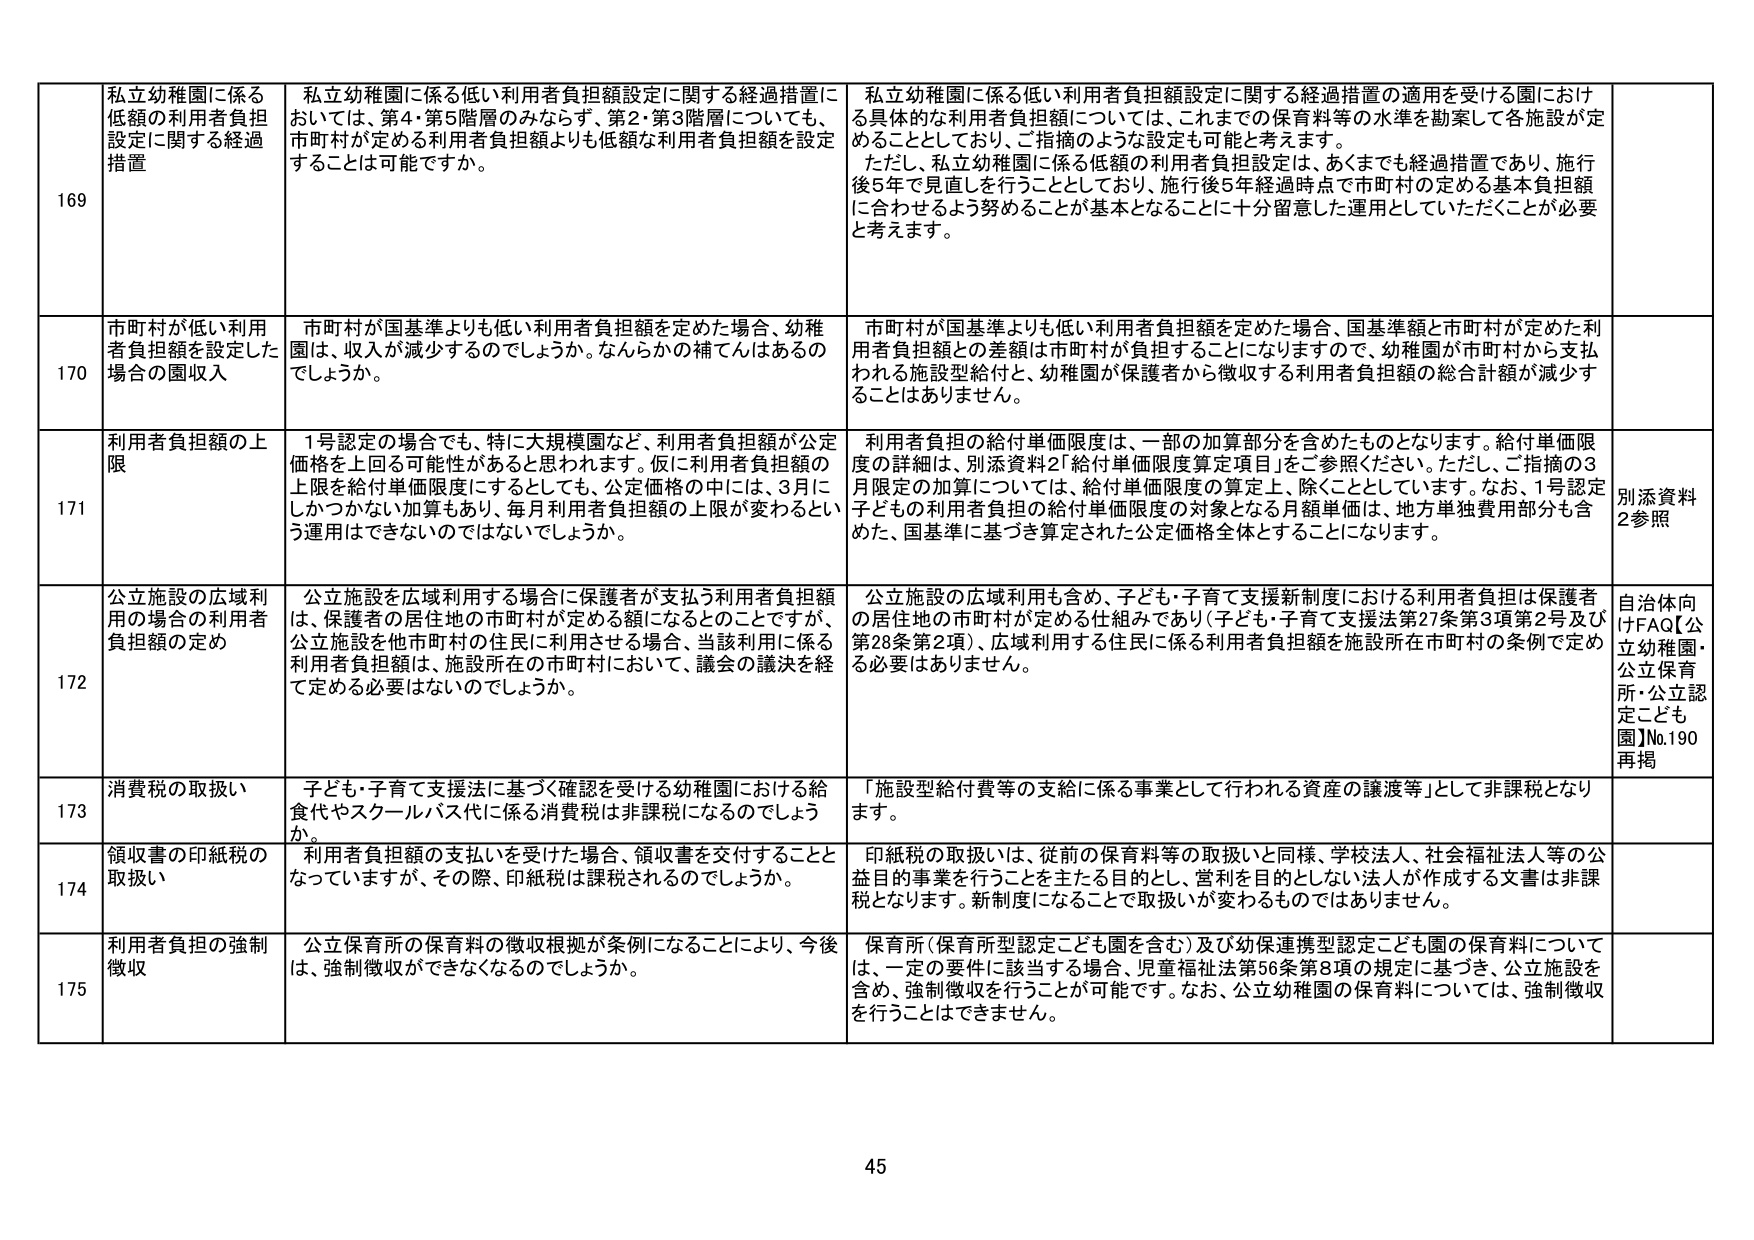
169 私立幼稚園に係る低額の利用者負担設定に関する経過措置
私立幼稚園に係る低い利用者負担額設定に関する経過措置においては、第4・第5階層のみならず、第2・第3階層についても、市町村が定める利用者負担額よりも低額な利用者負担額を設定することは可能ですか。
私立幼稚園に係る低い利用者負担額設定に関する経過措置の適用を受けた園における具体的な利用者負担額については、これまでの保育料等の水準を勘案して各施設が定めることとしており、ご指摘のような設定も可能と考えます。
ただし、私立幼稚園に係る低額の利用者負担設定は、あくまでも経過措置であり、施行後5年で見直しを行うこととしており、施行後5年経過時点で市町村の定める基本負担額に合わせるよう努めることが基本となることに十分留意した運用としていただくことが必要と考えます。

170 市町村が低い利用者負担額を設定した場合の園収入
市町村が国基準よりも低い利用者負担額を定めた場合、幼稚園は、収入が減少するのでしょうか。なんらかの補てんはあるのでしょうか。
市町村が国基準よりも低い利用者負担額を定めた場合、国基準額と市町村が定めた利用者負担額との差額は市町村が負担することになりますので、幼稚園が市町村から支払われる施設型給付と、幼稚園が保護者から徴収する利用者負担額の総合計額が減少することはありません。

171 利用者負担額の上限
1号認定の場合でも、特に大規模園など、利用者負担額が公定価格を上回る可能性があると思われます。仮に利用者負担額の上限を給付単価限度にするとしても、公定価格の中には、3月にしかつかない加算もあり、毎月利用者負担額の上限が変わるという運用はできないのではないでしょうか。
利用者負担の給付単価限度は、一部の加算部分を含めたものとなります。給付単価限度の詳細は、別添資料2「給付単価限度算定項目」をご参照ください。ただし、ご指摘の3月限定の加算については、給付単価限度の算定上、除くこととしています。なお、1号認定子どもの利用者負担の給付単価限度の対象となる月額単価は、地方単独費用部分も含めた、国基準に基づき算定された公定価格全体とすることになります。
別添資料2参照

172 公立施設の広域利用の場合の利用者負担額の定め
公立施設を広域利用する場合に保護者が支払う利用者負担額は、保護者の居住地の市町村が定める額になるとのことですが、公立施設を他市町村の住民に利用させる場合、当該利用に係る利用者負担額は、施設所在の市町村において、議会の議決を経て定める必要はないのでしょうか。
公立施設の広域利用も含め、子ども・子育て支援新制度における利用者負担は保護者の居住地の市町村が定める仕組みであり（子ども・子育て支援法第27条第3項第2号及び第28条第2項）、広域利用する住民に係る利用者負担額を施設所在市町村の条例で定める必要はありません。
自治体向けFAQ【公立幼稚園・公立保育所・公立認定こども園】No.190再掲

173 消費税の取扱い
子ども・子育て支援法に基づく確認を受ける幼稚園における給食代やスクールバス代に係る消費税は非課税になるのでしょうか。
「施設型給付費等の支給に係る事業として行われる資産の譲渡等」として非課税となります。

174 領収書の印紙税の取扱い
利用者負担額の支払いを受けた場合、領収書を交付することとなっていますが、その際、印紙税は課税されるのでしょうか。
印紙税の取扱いは、従前の保育料等の取扱いと同様、学校法人、社会福祉法人等の公益目的事業を行うことを主たる目的とし、営利を目的としない法人が作成する文書は非課税となります。新制度になることで取扱いが変わるものではありません。

175 利用者負担の強制徴収
公立保育所の保育料の徴収根拠が条例になることにより、今後は、強制徴収ができなくなるのでしょうか。
保育所（保育所型認定こども園を含む）及び幼保連携型認定こども園の保育料については、一定の要件に該当する場合、児童福祉法第56条第8項の規定に基づき、公立施設を含め、強制徴収を行うことが可能です。なお、公立幼稚園の保育料については、強制徴収を行うことはできません。

45